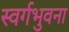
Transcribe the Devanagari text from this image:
स्वर्गभुवना